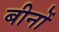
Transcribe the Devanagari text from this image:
बीनों